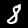
Digit: 8